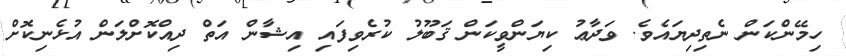
ހިމޭންކަން ނެތިދިޔައެވެ. ވަދާޢު ކިޔަންވީކަން ޤަބޫލު ކުރެވިފައި އިޝާން އަތް ދިއްކޮށްލަން އުޅެނިކޮށް